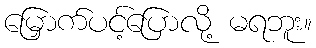
မြှောက်ပင့်ပြောလို့ မရဘူး။